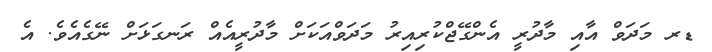
ޑރ މަދަވް އާއި މާދުރީ އެންގޭޖްކުރިއިރު މަދަވްއަކަށް މާދުރީއެއް ރަނގަޅަށް ނޭގެއެވެ. އެ